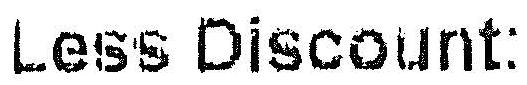
LESS DISCOUNT: